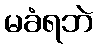
မခံရဘဲ